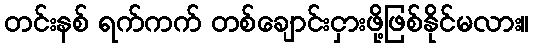
တင်းနစ် ရက်ကက် တစ်ချောင်းငှားဖို့ဖြစ်နိုင်မလား။